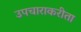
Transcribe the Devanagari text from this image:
उपचाराकरीता